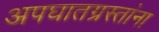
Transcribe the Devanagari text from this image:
अपघातग्रस्तांना